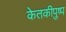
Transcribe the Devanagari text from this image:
केतकीपुष्प